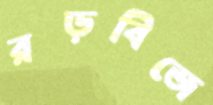
রড়বিজে